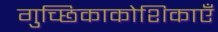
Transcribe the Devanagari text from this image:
गुच्छिकाकोशिकाएँ